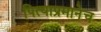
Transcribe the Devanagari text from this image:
पित्याप्रमानेच